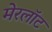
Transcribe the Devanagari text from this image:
मेरलॉट